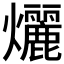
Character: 𬋞